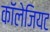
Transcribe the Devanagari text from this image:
कॉलेजियट